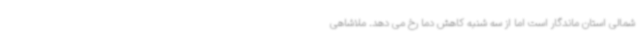
شمالی استان ماندگار است اما از سه شنبه کاهش دما رخ می دهد. ملاشاهی